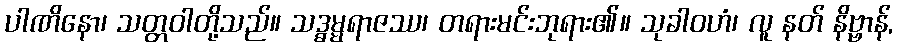
ပါဏိနော၊ သတ္တဝါတို့သည်။ သဒ္ဓမ္မရာဇဿ၊ တရားမင်းဘုရား၏။ သုခါဝဟံ၊ လူ နတ် နိဗ္ဗာန်,